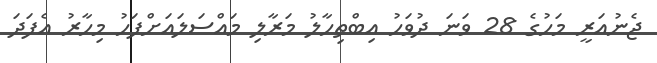
ޖެނުއަރީ މަހުގެ 28 ވަނަ ދުވަހު އިބްތިހާލު މަރާލި މައްސަލައަށްފަހު މިހާރު އެފަދަ